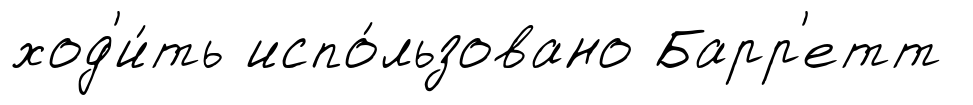
ход'и́ть испо́льзовано Барр'етт